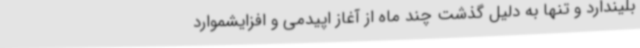
بلیندارد و تنها به دلیل گذشت چند ماه از آغاز اپیدمی و افزایشموارد